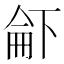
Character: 𠁄